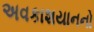
અવકાશયાનનો